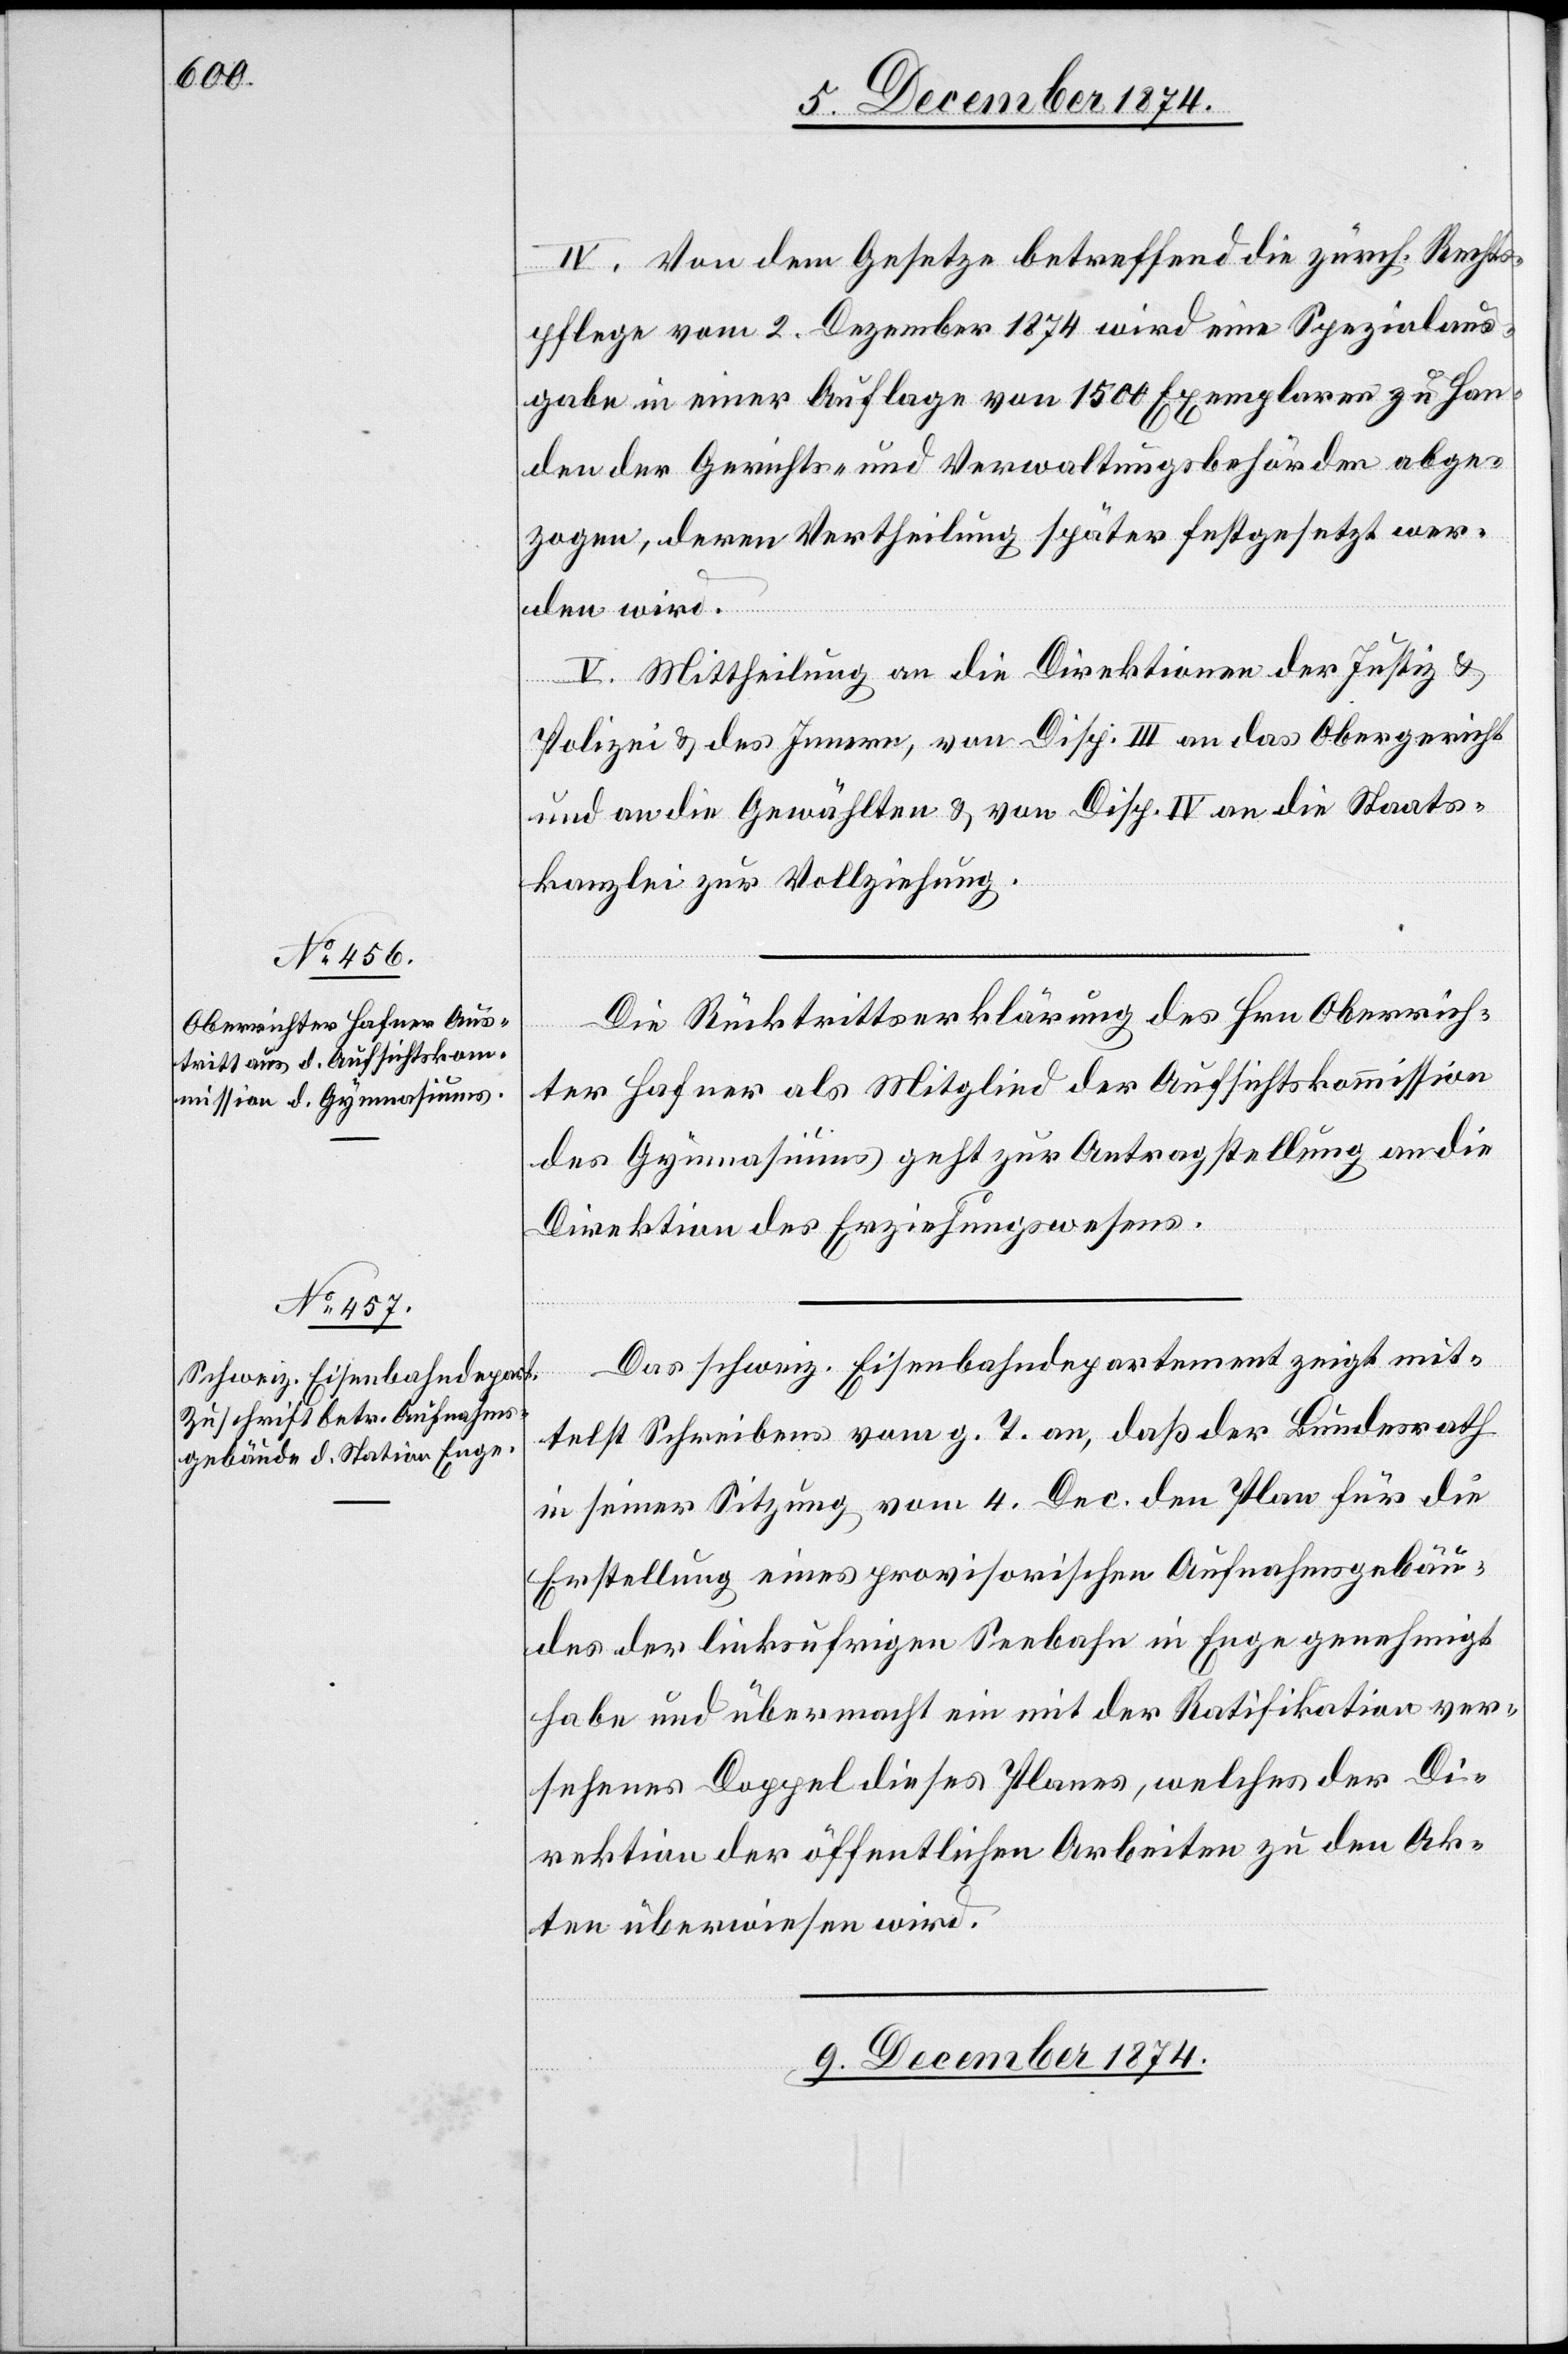
8. Dezember 1874.]
IV. Von dem Gesetze betreffend die zürch. Rechts¬
pflege vom 2. Dezember 1874 wird eine Spezialaus¬
gabe in einer Auflage von 1500 Exemplaren zu Han¬
den der Gerichts- und Verwaltungsbehörden abge¬
zogen, deren Vertheilung später festgesetzt wer¬
den wird.
V. Mittheilung an die Direktionen der Justiz &
Polizei & des Innern, von Disp. III an das Obergericht
und an die Gewählten & von Disp. IV an die Staats¬
kanzlei zur Vollziehung.
Die Rücktrittserklärung des Hrn. Oberrich¬
ter Hafner als Mitglied der Aufsichtskommission
des Gymnasiums geht zur Antragstellung an die
Direktion des Erziehungswesens.
Das schweiz. Eisenbahndepartement zeigt mit¬
telst Schreiben vom g. T. an, daß der Bundesrath
in seiner Sitzung vom 4. Dec. den Plan für die
Erstellung eines provisorischen Aufnahmsgebäu¬
des der linksufrigen Seebahn in Enge genehmigt
habe und übermacht ein mit der Ratifikation ver¬
sehenes Doppel dieses Planes, welches der Di¬
rektion der öffentlichen Arbeiten zu den Ak¬
ten überwiesen wird.
9. Dezember 1874.